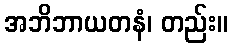
အဘိဘာယတနံ၊ တည်း။